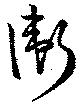
衛